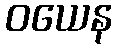
ဝယေန